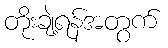
တိုးချဲ့ရန်အတွက်